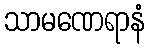
သာမဏေရာနံ